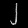
Digit: ၂